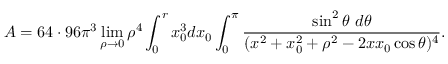
{ \cal A } = 6 4 \cdot 9 6 \pi ^ { 3 } \operatorname * { l i m } _ { \rho \rightarrow 0 } \rho ^ { 4 } \int _ { 0 } ^ { r } x _ { 0 } ^ { 3 } d x _ { 0 } \int _ { 0 } ^ { \pi } { \frac { \sin ^ { 2 } \theta \, \, d \theta } { ( x ^ { 2 } + x _ { 0 } ^ { 2 } + \rho ^ { 2 } - 2 x x _ { 0 } \cos \theta ) ^ { 4 } } } .